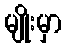
မျိုးမှာ